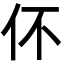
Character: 伓